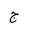
Letter: _gim